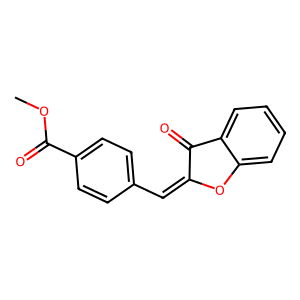
SMILES: COC(=O)c1ccc(C=C2Oc3ccccc3C2=O)cc1
Inhibits HIV replication: No